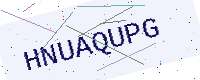
Text: HNUAQUPG